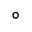
^ \circ